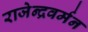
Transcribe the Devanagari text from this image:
राजेन्द्रवर्मन